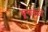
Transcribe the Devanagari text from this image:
खूनावेळी